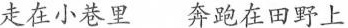
走在小巷里 奔跑在田野上